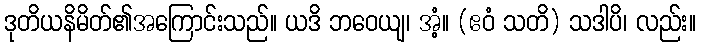
ဒုတိယနိမိတ်၏အကြောင်းသည်။ ယဒိ ဘဝေယျ၊ အံ့။ (ဧဝံ သတိ) သဒါပိ၊ လည်း။